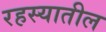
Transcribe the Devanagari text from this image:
रहस्यातील